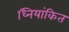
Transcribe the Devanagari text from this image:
ध्नियांकित